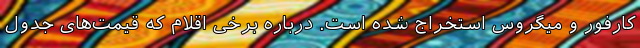
کارفور و میگروس استخراج شده است. درباره برخی اقلام که قیمت‌های جدول